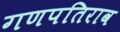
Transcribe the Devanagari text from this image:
गणपतिराव